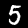
Digit: 5